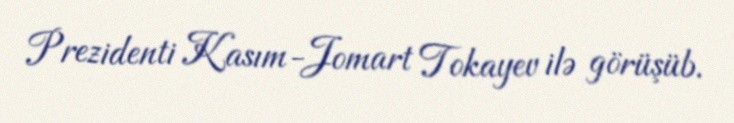
Prezidenti Kasım-Jomart Tokayev ilə görüşüb.